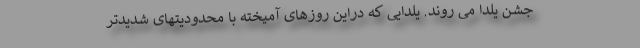
جشن یلدا می روند. یلدایی که دراین روزهای آمیخته با محدودیتهای شدیدتر